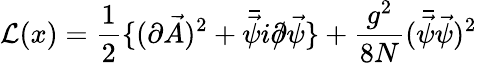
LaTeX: {\cal L}(x)={\frac{1}{2}}\{ (\partial\vec{A})^{2}+\bar{\vec{\psi}}i\partial\llap/\vec{\psi}\} +{\frac{g^{2}}{8N}}(\bar{\vec{\psi}}\vec{\psi})^{2}